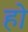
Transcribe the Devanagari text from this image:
हाे